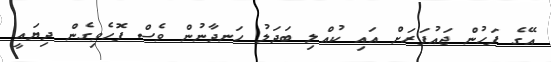
އޭގެ ފަހުން ޖައުފަރަށް އައި ކުއްލި ބަދަލު ހަނދާނުން ވެސް ފޮހެވިގެން ދިޔައީ